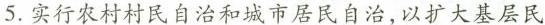
5.实行农村村民自治和城市居民自治，以扩大基层民